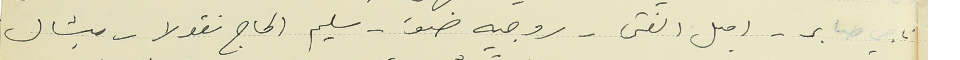
ناجي صابر- اميل الفتى - روجيه ضو - سليم الحاج نقولا - ميشال